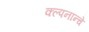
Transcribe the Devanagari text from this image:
क्ल्पनान्चे